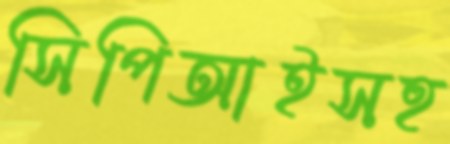
সিপিআইসহ